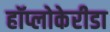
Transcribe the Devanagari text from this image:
हॉप्लोकेरीडा